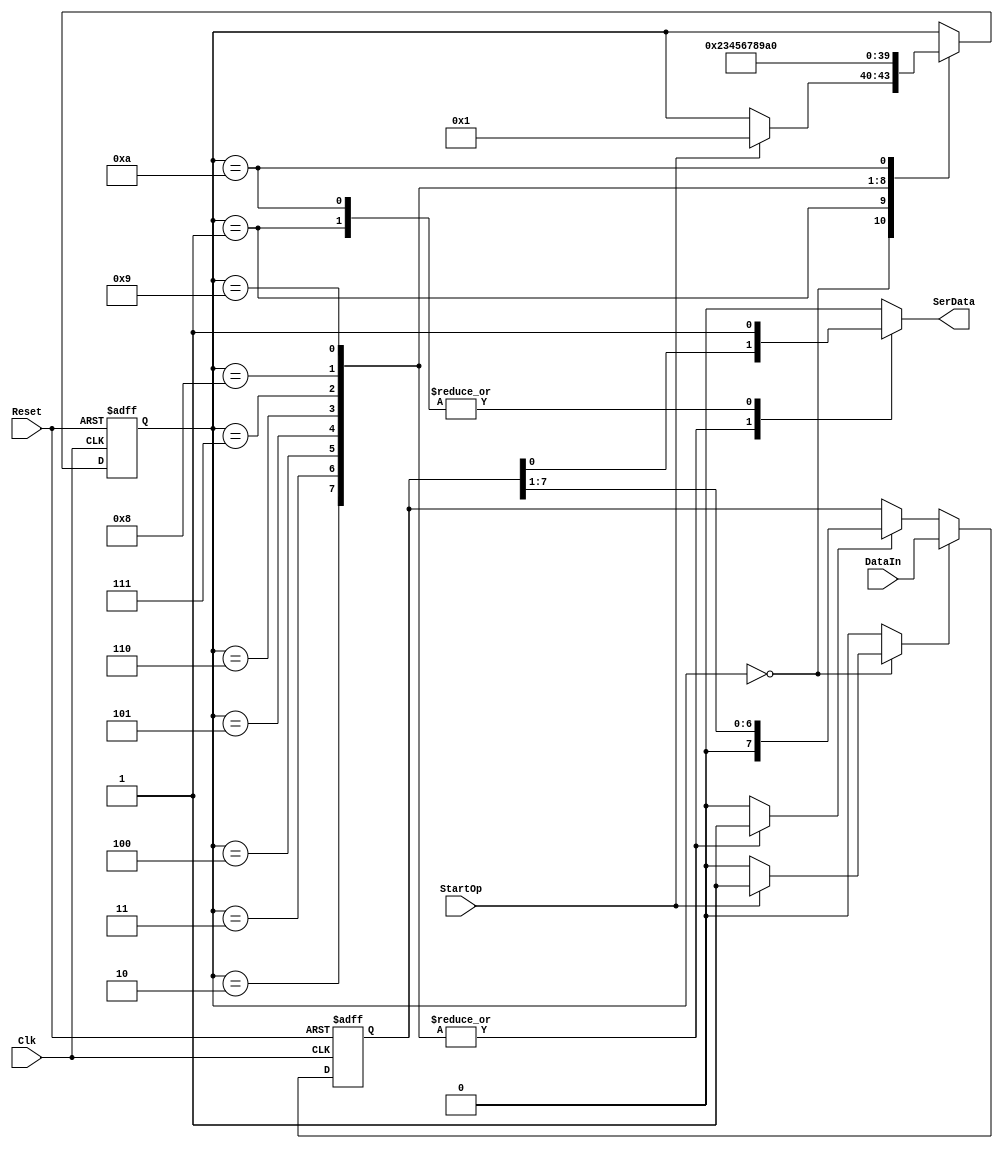
//////////////////////////////////////////////////////////
//  Transmit buffer module
//
//   transmit.v
//
//////////////////////////////////////////////////////////

`timescale 1ns/1ns
module transmit(Clk, Reset, SerData, StartOp, DataIn);
 
   input Clk, Reset, StartOp;
   input [7:0] DataIn;
   output SerData;
   
   reg SerData, TBR;
   reg [3:0] state, next_state;
   reg [7:0] buffer;
   reg load_buffer, shift_buffer;
   
   always @(posedge Clk or posedge Reset) begin
   
     //Reset has been pressed -> initialize registers
     if(Reset == 1'b1) begin
       buffer <= 8'b0;
       state <= 4'b0;
     end else begin
       state <= next_state;
       if (load_buffer) begin
          buffer <= DataIn;
       end else if (shift_buffer) begin
          buffer <= {1'b0, buffer[7:1]};
       end
     end 
   end
   
   //if the address, write signal, and chip select are right
   always @(*) begin  
     next_state = state;
     load_buffer = 1'b0;
     shift_buffer = 1'b0;
     SerData = 1'b0;
     
     case(state)
     
       //If we get a StartOp, store the input byte and start transmitting
       4'd0:  begin
                if(StartOp == 1'b1) begin
                  next_state = 4'd1;
                  load_buffer = 1'b1;
                end
              end
              
       //transmit the start bit
       4'd1:  begin
                SerData = 1'b1;
                next_state = 4'd2;
              end
       
       //transmit the first bit       
       4'd2:  begin
                SerData = buffer[0];
                shift_buffer = 1'b1;
                next_state = 4'd3;
              end
              
       //transmit the second bit
       4'd3:  begin
                SerData = buffer[0];
                shift_buffer = 1'b1;
                next_state = 4'd4;
              end
       
       //transmit the third bit
       4'd4:  begin
                SerData = buffer[0];
                shift_buffer = 1'b1;
                next_state = 4'd5;
              end
       
       //transmit the fourth bit
       4'd5:  begin
                SerData = buffer[0];
                shift_buffer = 1'b1;
                next_state = 4'd6;
              end
       
       //transmit the fifth bit
       4'd6:  begin
                SerData = buffer[0];
                shift_buffer = 1'b1;
                next_state = 4'd7;
              end
       
       //transmit the sixth bit
       4'd7:  begin
                SerData = buffer[0];
                shift_buffer = 1'b1;
                next_state = 4'd8;
              end
       
       //transmit the seventh bit
       4'd8:  begin
                SerData = buffer[0];
                shift_buffer = 1'b1;
                next_state = 4'd9;
              end

       //transmit the last bit
       4'd9:  begin
                SerData = buffer[0];
                shift_buffer = 1'b1;
                next_state = 4'd10;
              end
       
       //output the stop bit
       4'd10:  begin
                SerData = 1'b1;
                next_state = 4'd0;
              end
     endcase
   end
 endmodule